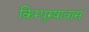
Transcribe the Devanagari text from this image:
किम्पुरुषावासं